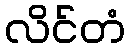
လိင်တံ